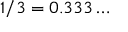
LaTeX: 1 / 3 = 0 . 3 3 3 \ldots